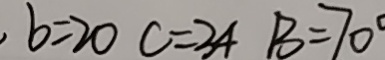
b = 2 0 c = 3 4 B = 7 0